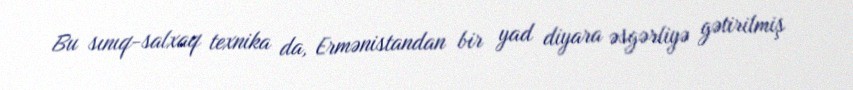
Bu sınıq-salxaq texnika da, Ermənistandan bir yad diyara əsgərliyə gətirilmiş